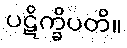
ပဋိက္ခိပတိ။